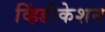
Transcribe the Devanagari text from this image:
व्हिंडीकेशन